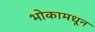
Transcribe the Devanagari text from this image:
भोकामधून